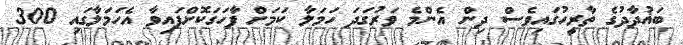
ބަޣުދާދުގެ ތާރީހުގައިވެސް ދިން އެންމެ ވަރުގަދަ ހަމަލާ ކަމަށް ފާހަގަކޮށްފައިވާ އެހަމަލާގައި 300